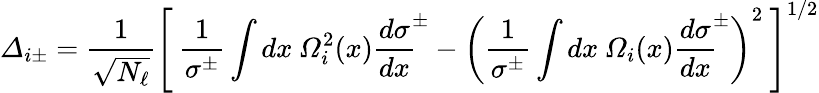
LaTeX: {\mit\Delta}_{i\pm}=\frac{1}{\sqrt{N_{\ell}}}\left[\: \frac{1}{\sigma^{\pm}}\int dx\: {\mit\Omega}_{i}^{2}(x){\frac{d\sigma}{dx}}^{\! \pm}-\left(\frac{1}{\sigma^{\pm}}\int dx\: {\mit\Omega}_{i}(x){\frac{d\sigma}{dx}}^{\! \pm}\right)^{2}\: \right]^{1/2}